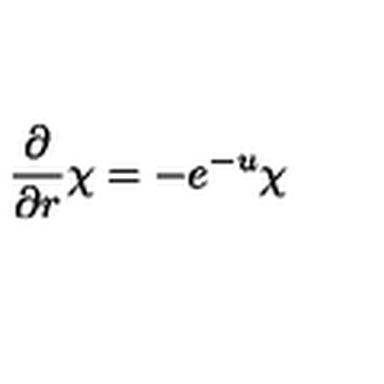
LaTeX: \frac { \partial } { \partial r } \chi = - e \sp { - u } \chi